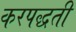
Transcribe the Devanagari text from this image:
करपद्धती